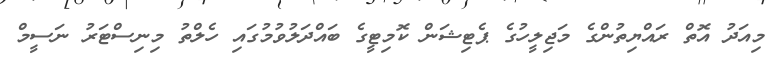
މިއަދު އޮތް ރައްޔިތުންގެ މަޖިލީހުގެ ޕެޓިޝަން ކޮމިޓީގެ ބައްދަލުވުމުގައި ހެލްތު މިނިސްޓަރު ނަސީމް